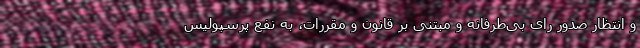
و انتظار صدور رای بی‌طرفانه و مبتنی بر قانون و مقررات، به نفع پرسپولیس